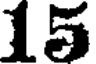
15